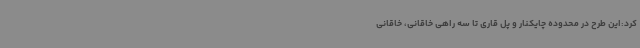
کرد:این طرح در محدوده چایکنار و پل قاری تا سه راهی خاقانی، خاقانی